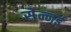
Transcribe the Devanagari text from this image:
सेन्नई